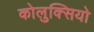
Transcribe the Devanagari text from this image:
कोलुक्सियो